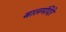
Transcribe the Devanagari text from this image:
बालमंदिरे